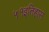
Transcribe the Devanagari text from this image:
५१इतिहास